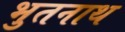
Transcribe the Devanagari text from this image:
भुतनाथ